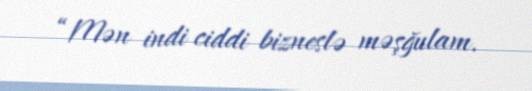
“Mən indi ciddi bizneslə məşğulam.